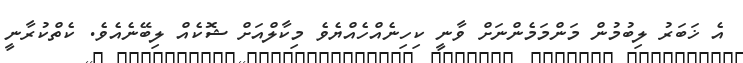
އެ ޚަބަރު ލިބުމުން މަންމަމެންނަށް ވާނީ ކިހިނެއްހެއްޔެވެ މިކާލްއަށް ޝޮކެއް ލިބޭނެއެވެ. ކެތްކުރާނީ